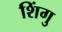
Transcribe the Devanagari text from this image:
शिंगु